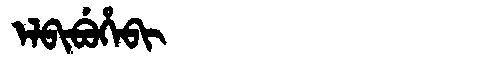
Manchu: ᡝᠯᠪᡳᠪᡠᡥᡝᠪᡳ
Romanization: ELBIBUHEBI